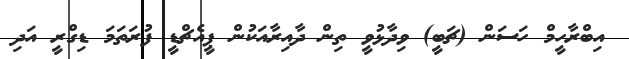
އިބްރާހީމް ހަސަން (ޗަބީ) ވިދާޅުވީ ތިން ދާއިރާއަކުން ޕީއެޗްޑީ ފުރަތަމަ ޑިގްރީ އަދި